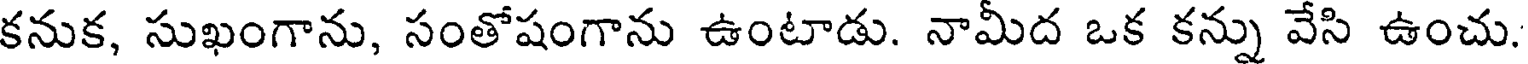
కనుక, సుఖంగాను, సంతోషంగాను ఉంటాడు. నామీద ఒక కన్ను వేసి ఉంచు.